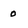
Character: o